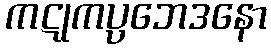
ကဋုကပ္ပဘေဒနော